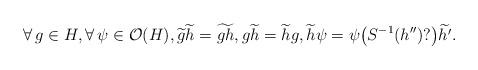
LaTeX: \begin{align*}\forall\, g \in H, \forall\, \psi \in \mathcal{O}(H), \widetilde{g}\widetilde{h} = \widetilde{gh}, g\widetilde{h} = \widetilde{h}g, \widetilde{h}\psi = \psi\big(S^{-1}(h'')?\big)\widetilde{h'}.\end{align*}